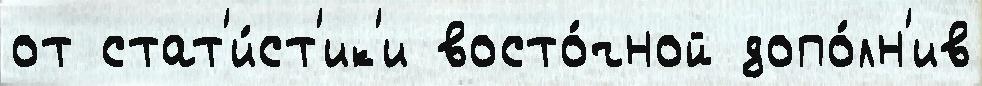
от стат'и́ст'ик'и восто́чной допо́лн'ив